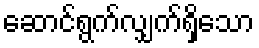
ဆောင်ရွက်လျှက်ရှိသော